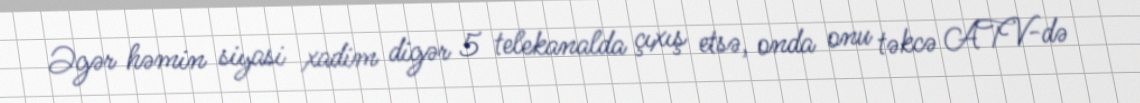
Əgər həmin siyasi xadim digər 5 telekanalda çıxış etsə, onda onu təkcə ATV-də